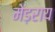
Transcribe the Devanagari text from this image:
मेड़राय